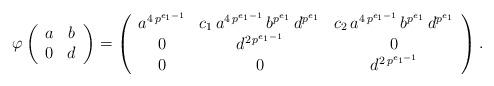
LaTeX: \begin{align*}\varphi\left(\begin{array}{c c} a & b \\ 0 & d \end{array}\right) & = \left(\begin{array}{c c c} a^{4 \, p^{e_1 - 1}} & c_1 \, a^{4 \, p^{e_1 - 1}} \, b^{p^{e_1}} \, d^{p^{e_1}} & c_2 \, a^{4 \, p^{e_1 - 1}} \, b^{p^{e_1}} \, d^{p^{e_1}} \\ 0 & d^{2 \, p^{e_1- 1}} & 0 \\ 0 & 0 & d^{2 \, p^{e_1- 1}} \end{array}\right) . \end{align*}